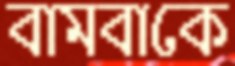
বামবাকে